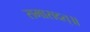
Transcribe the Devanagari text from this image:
समासदत्॥